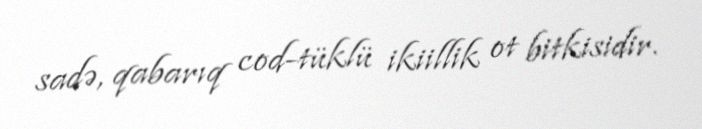
sadə, qabarıq cod-tüklü ikiillik ot bitkisidir.